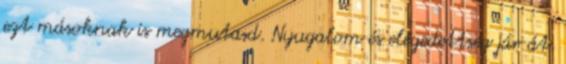
ezt másoknak is megmutasd. Nyugalom és elégedettség jár át.